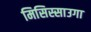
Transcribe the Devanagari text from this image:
मिसिस्साउगा